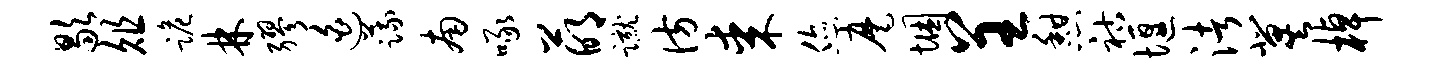
歇俎跪林缪迫蔬南啄萌蹴彷某您麾悃呈憩祜堰渚冀棹